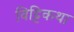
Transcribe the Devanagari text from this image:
विट्टिकथा